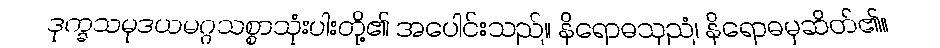
ဒုက္ခသမုဒယမဂ္ဂသစ္စာသုံးပါးတို့၏ အပေါင်းသည်။ နိရောဓသုညံ၊ နိရောဓမှဆိတ်၏။